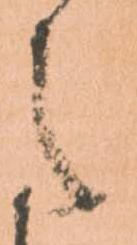
之